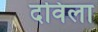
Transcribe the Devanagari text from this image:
दविला